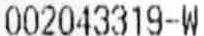
002043319-W